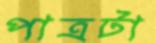
পাত্রটা